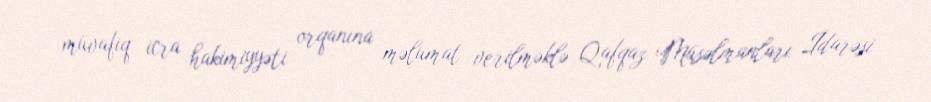
müvafiq icra hakimiyyəti orqanına məlumat verilməklə Qafqaz Müsəlmanları İdarəsi